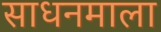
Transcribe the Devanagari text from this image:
साधनमाला